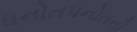
ધનોતપનોતની